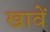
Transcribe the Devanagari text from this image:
खावें